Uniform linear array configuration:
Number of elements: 4
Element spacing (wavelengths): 0.5
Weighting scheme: hann
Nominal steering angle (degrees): -30
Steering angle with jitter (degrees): -31.657
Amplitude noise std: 0.05
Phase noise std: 0.05

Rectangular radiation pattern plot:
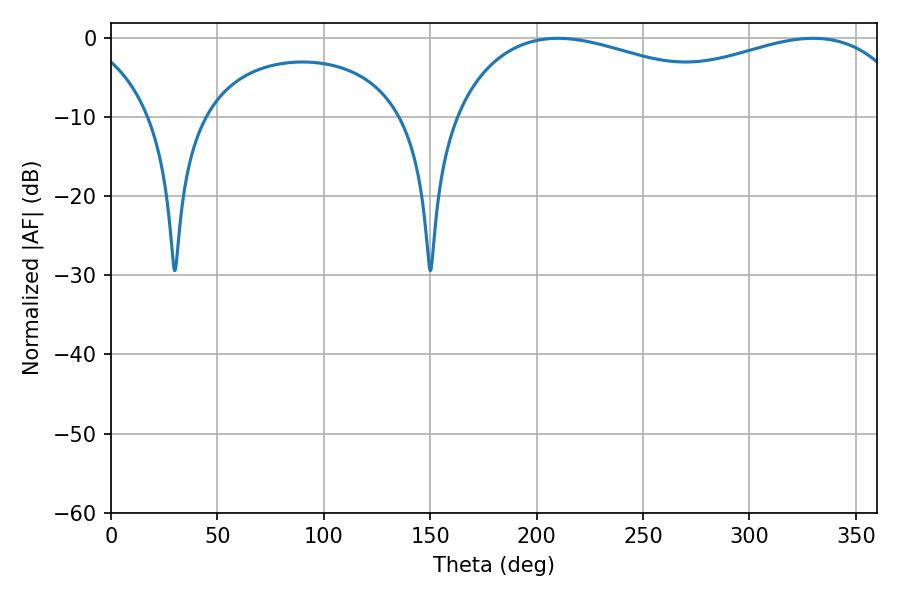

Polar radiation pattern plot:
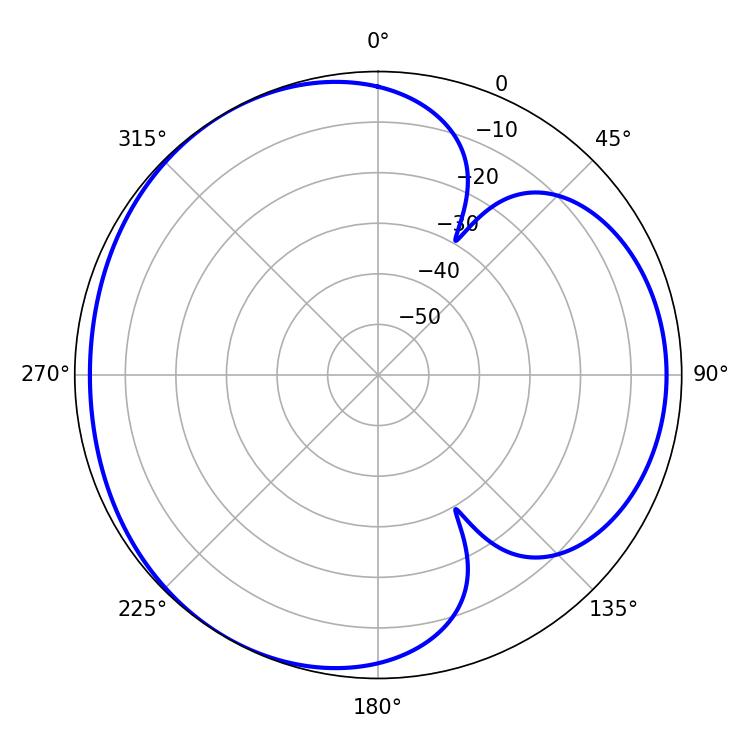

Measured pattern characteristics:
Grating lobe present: FALSE
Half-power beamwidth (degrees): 179.64
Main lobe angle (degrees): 210.06